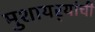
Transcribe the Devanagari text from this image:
मुशायर्‍यांची